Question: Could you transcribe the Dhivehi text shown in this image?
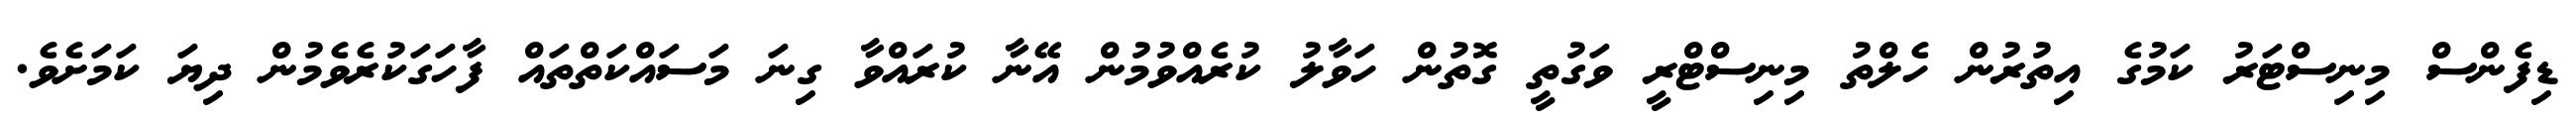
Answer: ޑިފެންސް މިނިސްޓަރު ކަމުގެ އިތުރުން ހެލްތު މިނިސްޓްރީ ވަގުތީ ގޮތުން ހަވާލު ކުރެއްވުމުން އޭނާ ކުރައްވާ ގިނަ މަސައްކަތްތައް ފާހަގަކުރެވެމުން ދިޔަ ކަމަށެވެ.